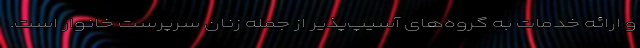
و ارائه خدمات به گروه‌های آسیپ‌پذیر از جمله زنان سرپرست خانوار است.